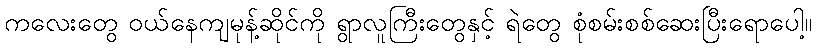
ကလေးတွေ ဝယ်နေကျမုန့်ဆိုင်ကို ရွာလူကြီးတွေနှင့် ရဲတွေ စုံစမ်းစစ်ဆေးပြီးရောပေါ့။